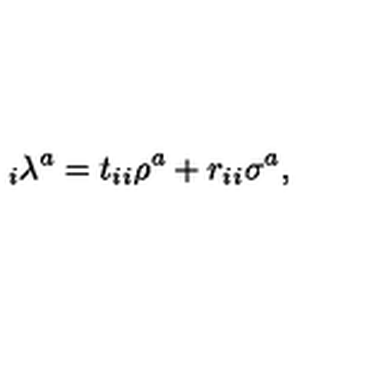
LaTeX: _ i \lambda ^ { a } = t _ { i } _ { i } \rho ^ { a } + r _ { i } _ { i } \sigma ^ { a } ,